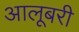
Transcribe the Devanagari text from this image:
आलूबरी